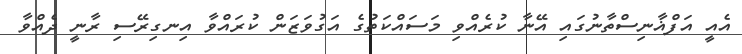
އެއީ އަފްޣާނިސްތާނުގައި އޭނާ ކުރެއްވި މަސައްކަތުގެ އަގުވަޒަން ކުރައްވާ އިނގިރޭސި ރާނީ ދެއްވާ